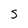
Character: s